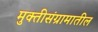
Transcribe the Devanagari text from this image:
मुक्तीसंग्रामातील